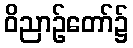
ဝိညာဉ်တော်၌